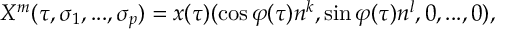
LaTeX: X ^ { m } ( \tau , \sigma _ { 1 } , . . . , \sigma _ { p } ) = x ( \tau ) ( \cos \varphi ( \tau ) n ^ { k } , \sin \varphi ( \tau ) n ^ { l } , 0 , . . . , 0 ) ,